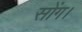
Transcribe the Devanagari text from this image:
सोंग।